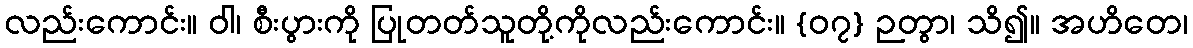
လည်းကောင်း။ ဝါ၊ စီးပွားကို ပြုတတ်သူတို့ကိုလည်းကောင်း။ {၀၇} ဉတွာ၊ သိ၍။ အဟိတေ၊